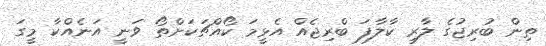
ތިން ބުރިޖުގެ ލާރި ކާލާފަ ބްރިޖެއް އެޅީމަ ކޯއްޗަކަށްތޯ ވަނީ އަނެއްކާ މީގަ